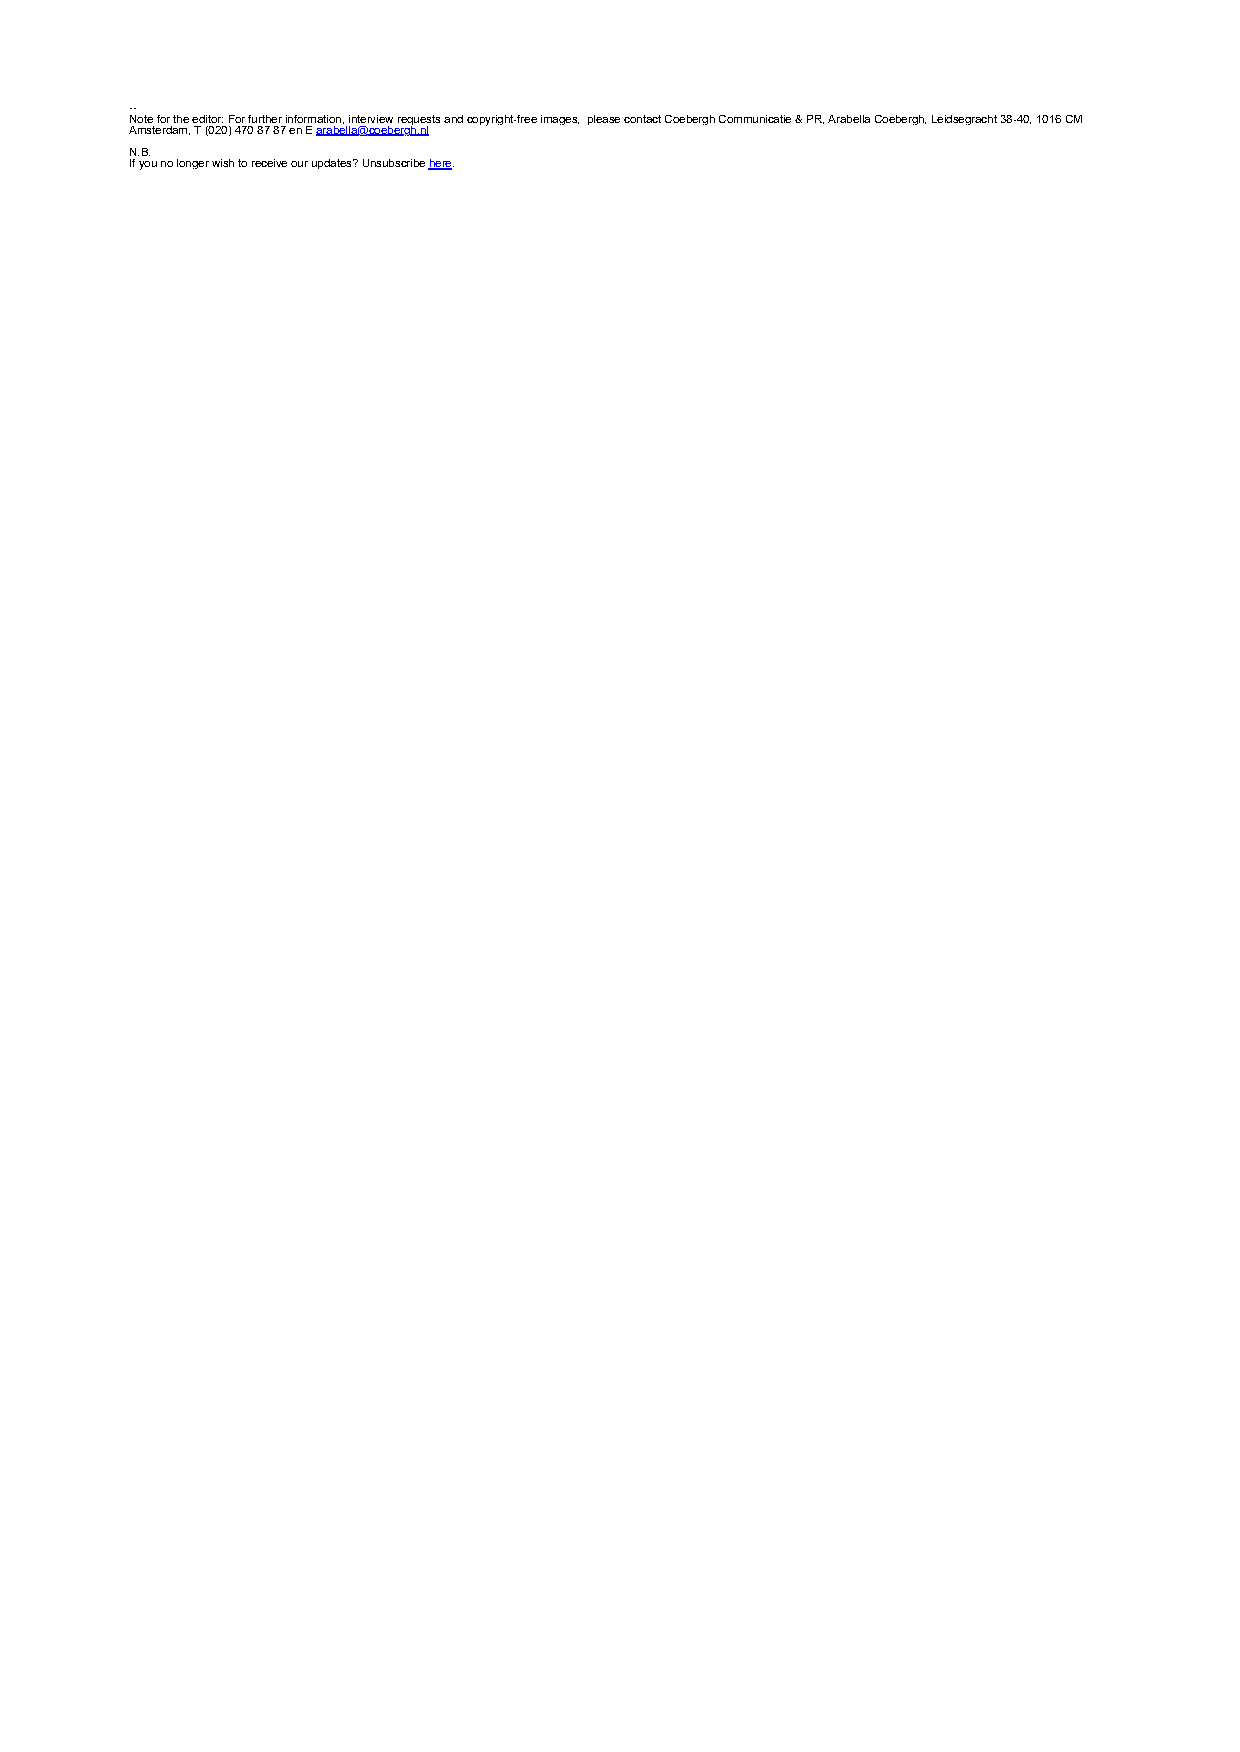
--
 Note for the editor: For further information, interview requests and copyright-free images, please contact Coebergh Communicatie & PR, Arabella Coebergh, Leidsegracht 38-40, 1016 CM
 Amsterdam, T (020) 470 87 87 en E arabella@coebergh.nl
 N.B.
 If you no longer wish to receive our updates? Unsubscribe here.